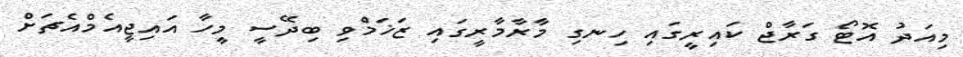
މިއަދު އޮޓޯ ގަރާޖް ކައިރީގައި ހިނގި މާރާމާރީގައި ޒަޚަމްވި ބިދޭސީ މީހާ އައިޖީއެމްއެޗަށް